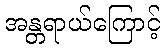
အန္တရာယ်ကြောင့်